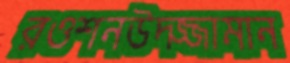
রওশনউদ্জ্জামান